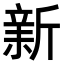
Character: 𣂺